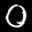
Label: 0